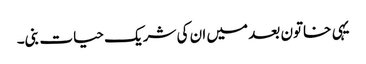
یہی خاتون بعد میں ان کی شریک حیات بنی۔